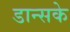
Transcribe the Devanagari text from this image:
डान्सके